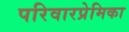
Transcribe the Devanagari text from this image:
परिवारप्रेमिका